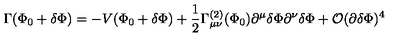
\Gamma ( \Phi _ { 0 } + \delta \Phi ) = - V ( \Phi _ { 0 } + \delta \Phi ) + \frac { 1 } { 2 } \Gamma _ { \mu \nu } ^ { ( 2 ) } ( \Phi _ { 0 } ) \partial ^ { \mu } \delta \Phi \partial ^ { \nu } \delta \Phi + { \cal O } ( \partial \delta \Phi ) ^ { 4 }